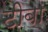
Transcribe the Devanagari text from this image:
टीबा